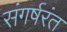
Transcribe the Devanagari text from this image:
संगर्षरंत